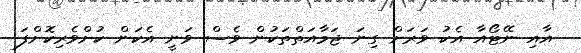
އާއި ނޭޓޯއާ އެކު ވަރަށް ގިނަ ޖަމާއަތްތަކުން ވެސް ވަނީ އެކަން ކުށްވެރިކޮށްފަ